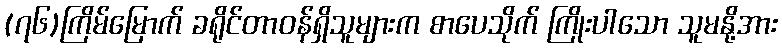
(၇၆)ကြိမ်မြောက် ခရိုင်တာဝန်ရှိသူများက စာပေသိုက် ကြိုးပါသော သူမနို့အား